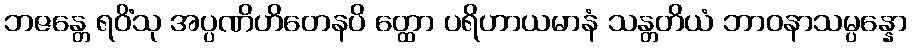
ဘဇန္တေ ရဝိံသု အပ္ပဏိဟိတေနပိ တ္ထော ပရိဟာယမာနံ သန္တတိယံ ဘာဝနာသမ္ပန္နော